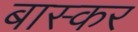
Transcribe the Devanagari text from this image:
बास्कर